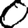
Digit: 0